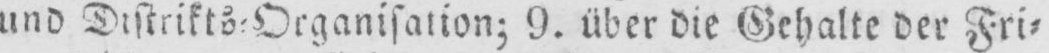
und Distrikts⸗Organisation; 9. über die Gehalte der Fri⸗